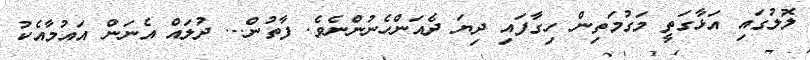
ލޮލުގައި އަޅާގަތީ މަގުމަތިން ހިގާފައި ދިޔަ ދެއަންހެނުންނެވެ. ފާތުން... ދުލައް އެނަން އައުމާއެކު